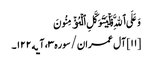
وَعَلَی ٱللَّهِ فَلۡیَتَوَکَّلِ ٱلۡمُؤۡمِنُونَ
[۱۱] آل عمران/سوره۳، آیه۱۲۲۔